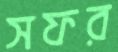
সফর